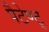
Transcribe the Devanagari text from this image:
पैटेण्ट्‍